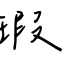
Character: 瑕